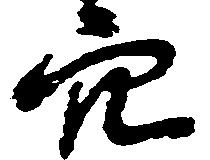
穴